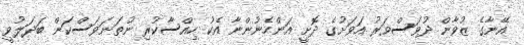
އޭނާގެ ޒުވާން ދުވަސްވަރު އަވަށުގެ ދޮށީ އަންހެނުންނާ އެކު ހިއްސާކުރި ނުތަނަވަސްކަން ބަދަލުވީ